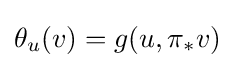
\theta _{u}(v)=g(u,\pi _{*}v)